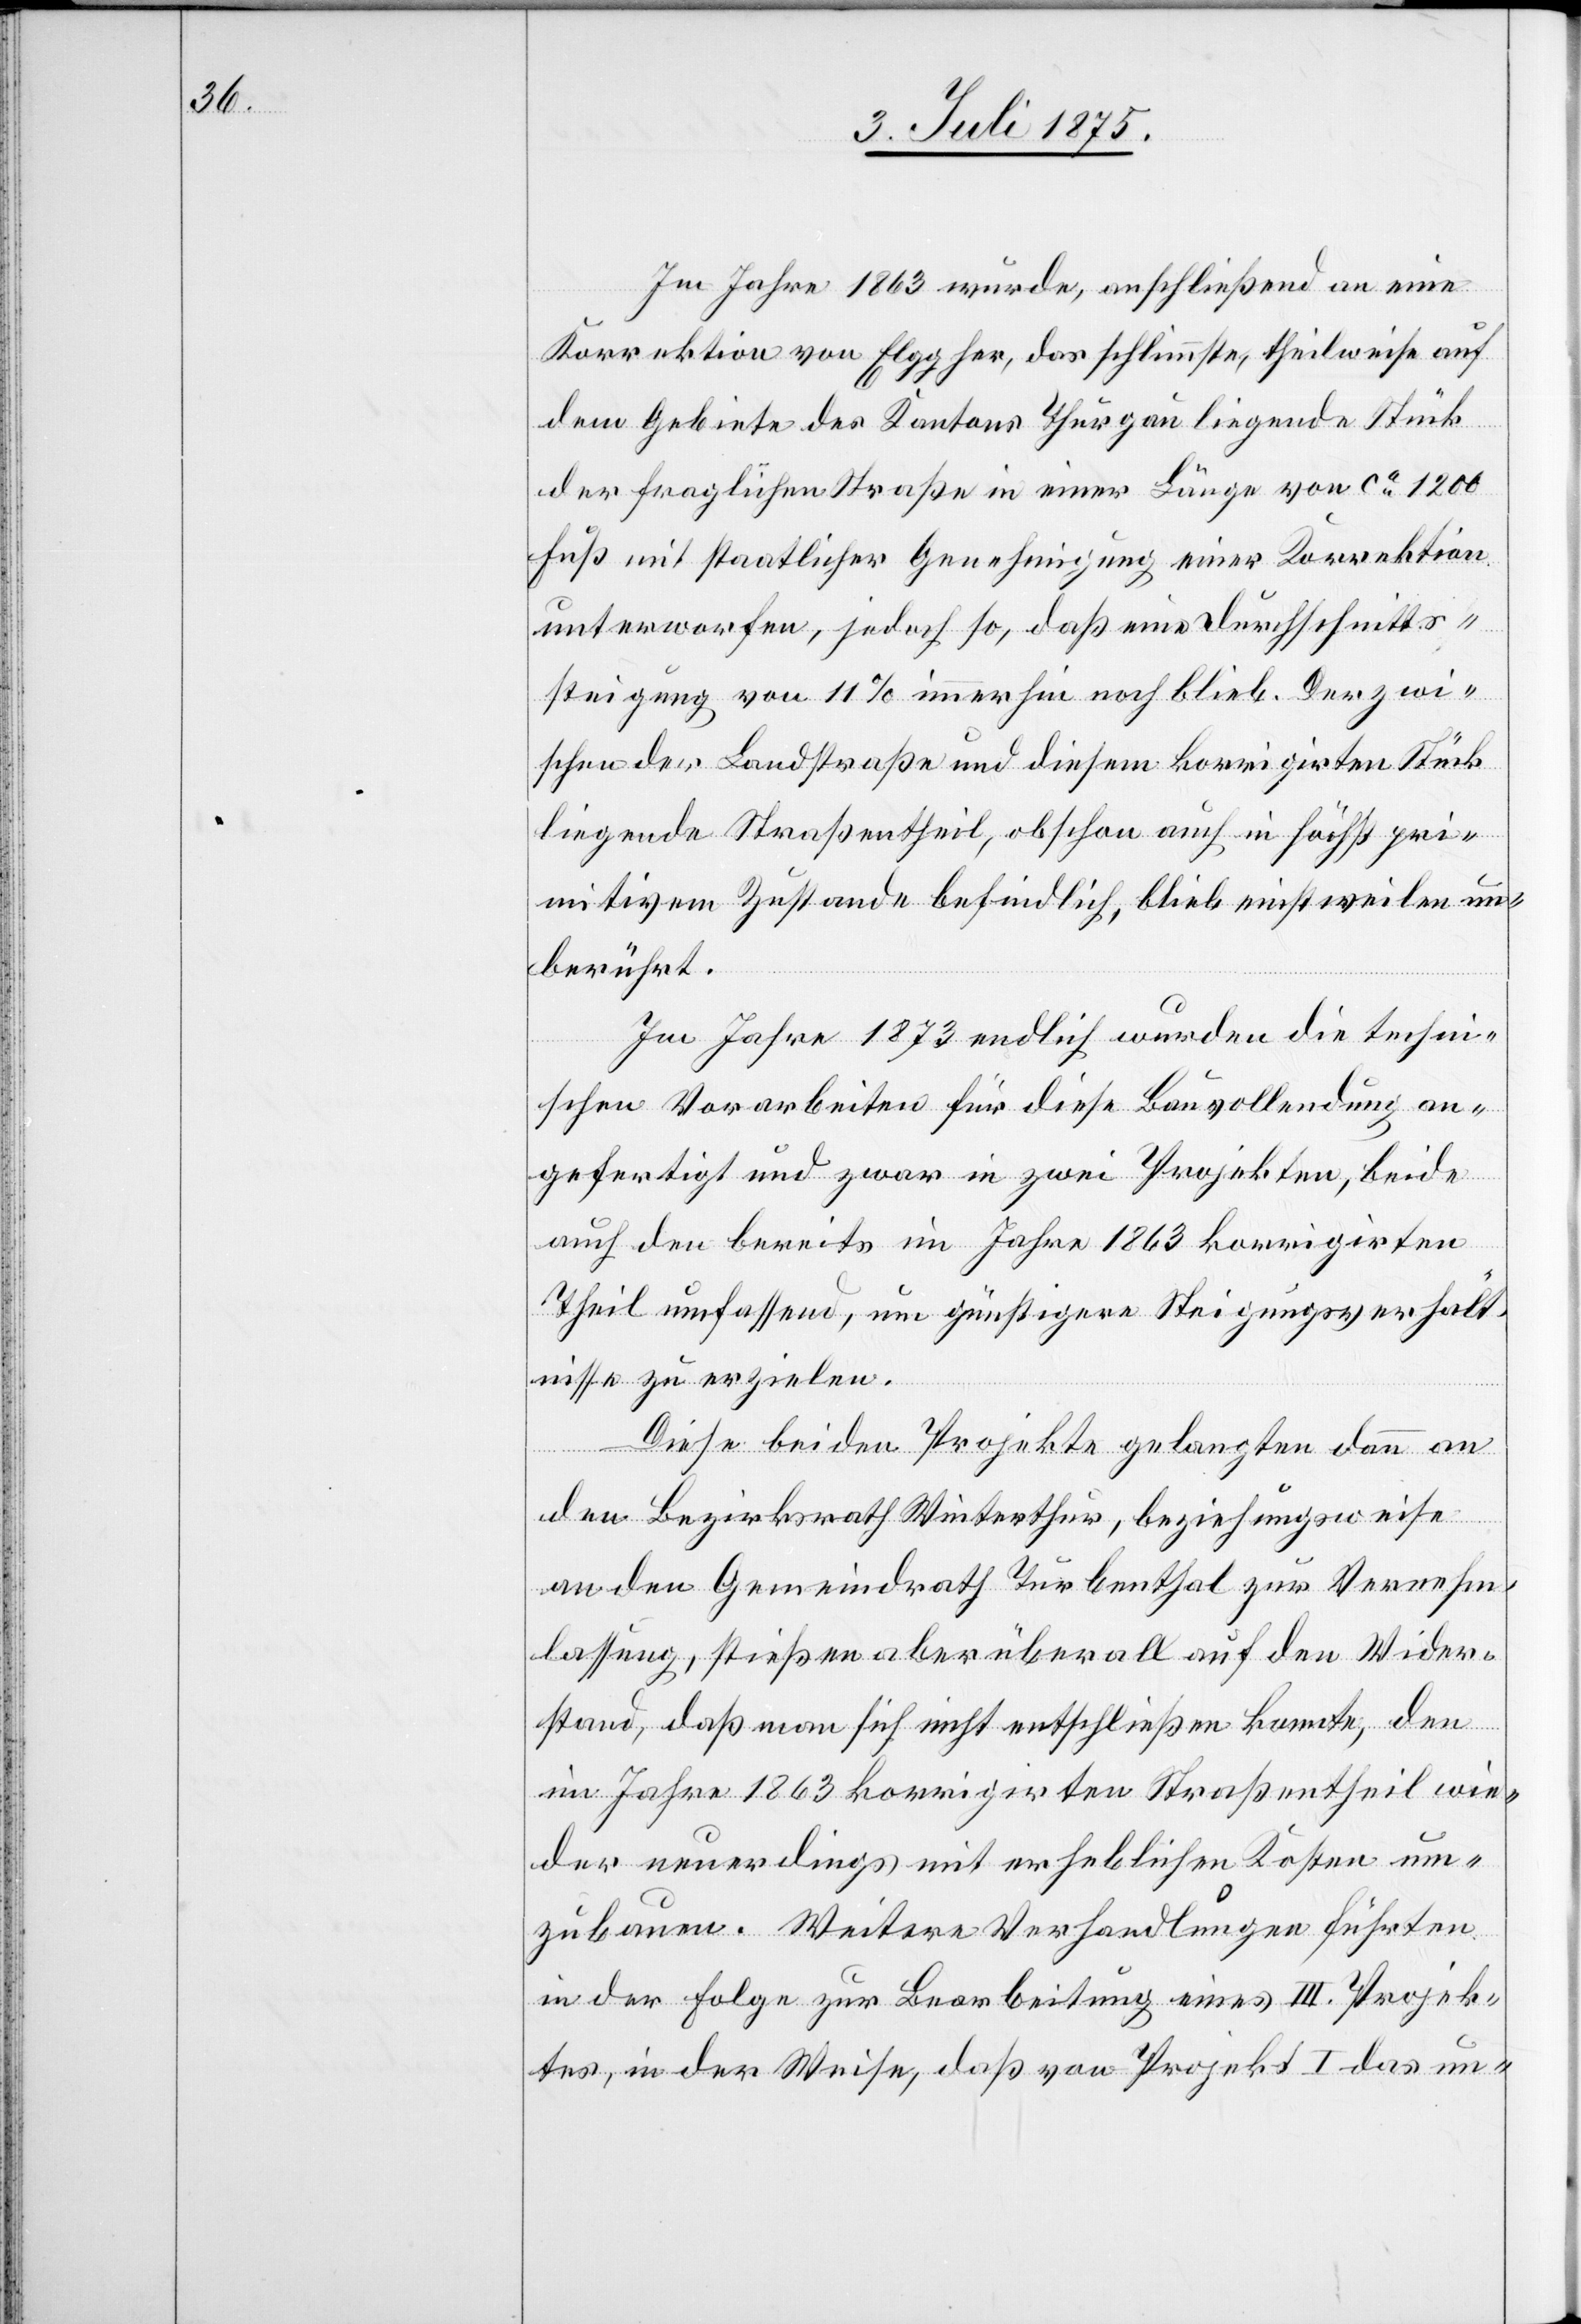
Im Jahre 1863 wurde, anschließend an eine
Korrektion von Elgg her, das schlimmste, theilweise auf
dem Gebiete des Kantons Thurgau liegende Stück
der fraglichen Straße in einer Länge von ca 1200
Fuß mit staatlicher Genehmigung einer Korrektion
unterworfen, jedoch so, daß eine Durchschnitts¬
steigung von 11% immerhin noch blieb. Der zwi¬
schen der Landstraße und diesem korrigirten Stück
liegende Straßentheil, obschon auch in höchst pri¬
mitiven Zustande befindlich, blieb einstweilen un¬
berührt.
Im Jahre 1873 endlich wurden die techni¬
schen Vorarbeiten für diese Bauvollendung an
gefertigt und zwar in zwei Projekten, beide
auch den bereits im Jahre 1863 korrigirten
Theil umfassend, um günstigere Steigungsverhält¬
nisse zu erzielen.
Diese beiden Projekte gelangten dann an
den Bezirksrath Winterthur, beziehungsweise
an den Gemeindrath Turbenthal zur Vernehm¬
lassung, stießen aber überall auf den Wider¬
stand, daß man sich nicht entschließen konnte, den
im Jahre 1863 korrigirten Straßentheil wie¬
der neuerdings mit erheblichen Kosten um¬
zubauen. Weitere Verhandlungen führten
in der Folge zur Bearbeitung eines III. Projek¬
tes, in der Weise, daß von Projekt I das un-